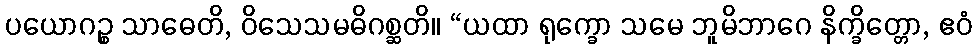
ပယောဂဉ္စ သာဓေတိ, ဝိသေသမဓိဂစ္ဆတိ။ “ယထာ ရုက္ခော သမေ ဘူမိဘာဂေ နိက္ခိတ္တော, ဧဝံ